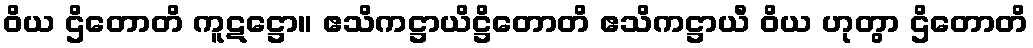
ဝိယ ဌိတောတိ ကူဋဋ္ဌော။ ဧသိကဋ္ဌာယိဋ္ဌိတောတိ ဧသိကဋ္ဌာယီ ဝိယ ဟုတွာ ဌိတောတိ